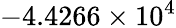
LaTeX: -4.4266\times 10^{4}